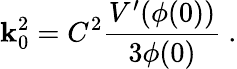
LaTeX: \mathbf{k}_{0}^{2}=C^{2}{\frac{{V^{\prime}(\phi(0))}}{{3\phi(0)}}}\ .